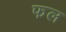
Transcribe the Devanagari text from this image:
फल